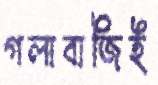
গলাবাজিই